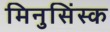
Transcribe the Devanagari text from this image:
मिनुसिंस्क